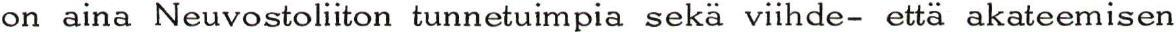
on aina Neuvostoliiton tunnetuimpia sekä viihde- että akateemisen